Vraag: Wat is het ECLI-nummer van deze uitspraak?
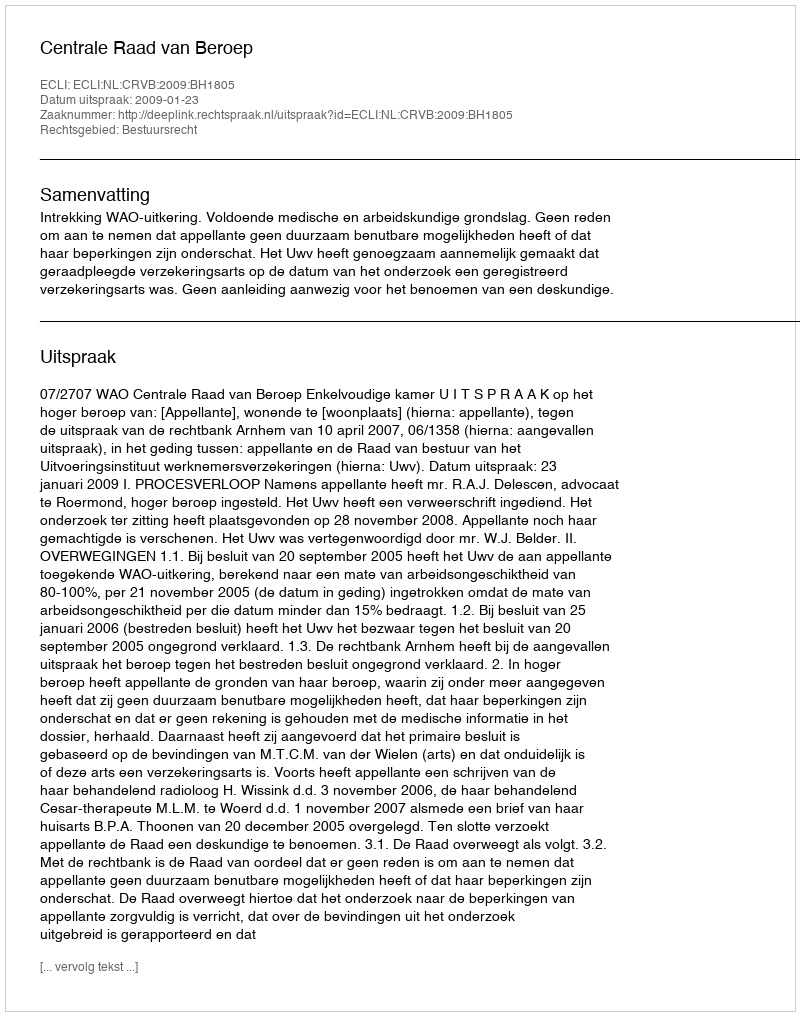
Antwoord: ECLI:NL:CRVB:2009:BH1805